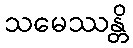
သမေဿန္တိ